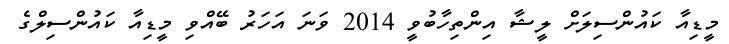
މީޑިއާ ކައުންސިލަށް ލީޝާ އިންތިހާބުވީ 2014 ވަނަ އަހަރު ބޭއްވި މީޑިއާ ކައުންސިލްގެ